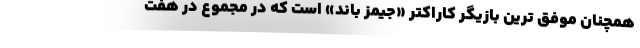
همچنان موفق ترین بازیگر کاراکتر «جیمز باند» است که در مجموع در هفت